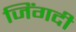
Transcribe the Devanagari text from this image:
जिंगदी